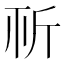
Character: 𣂘